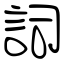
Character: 詞